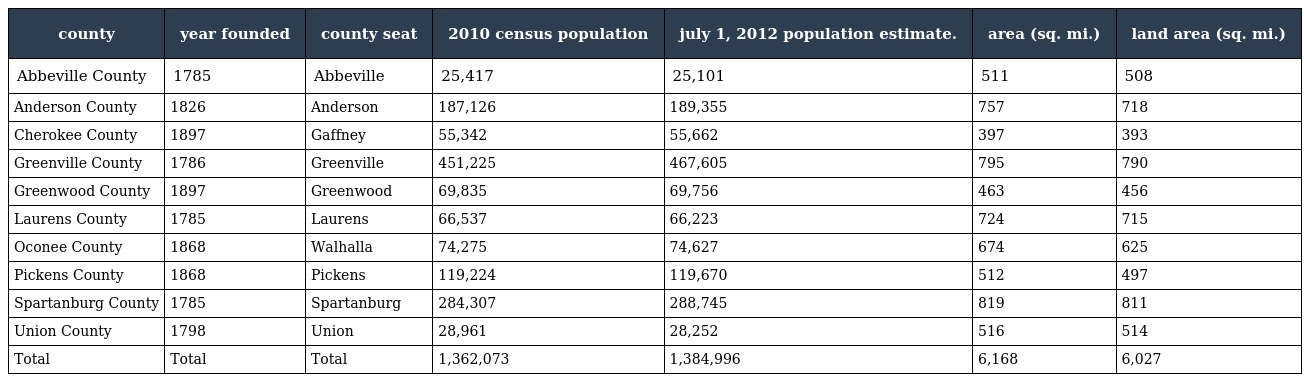
| county | year founded | county seat | 2010 census population | july 1, 2012 population estimate. | area (sq. mi.) | land area (sq. mi.) |
 | --- | --- | --- | --- | --- | --- | --- |
 | Abbeville County | 1785 | Abbeville | 25,417 | 25,101 | 511 | 508 |
 | Anderson County | 1826 | Anderson | 187,126 | 189,355 | 757 | 718 |
 | Cherokee County | 1897 | Gaffney | 55,342 | 55,662 | 397 | 393 |
 | Greenville County | 1786 | Greenville | 451,225 | 467,605 | 795 | 790 |
 | Greenwood County | 1897 | Greenwood | 69,835 | 69,756 | 463 | 456 |
 | Laurens County | 1785 | Laurens | 66,537 | 66,223 | 724 | 715 |
 | Oconee County | 1868 | Walhalla | 74,275 | 74,627 | 674 | 625 |
 | Pickens County | 1868 | Pickens | 119,224 | 119,670 | 512 | 497 |
 | Spartanburg County | 1785 | Spartanburg | 284,307 | 288,745 | 819 | 811 |
 | Union County | 1798 | Union | 28,961 | 28,252 | 516 | 514 |
 | Total | Total | Total | 1,362,073 | 1,384,996 | 6,168 | 6,027 |